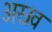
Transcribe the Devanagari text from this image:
अस्रव